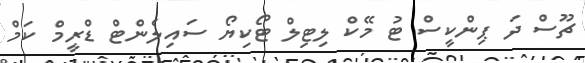
ޗޫސް ދަ ޕިންކީސް ޓު މޭކް ލިޓިލް ޓޯކިޔޯ ސައިލެންޓް ޑްރީމް ކަމް